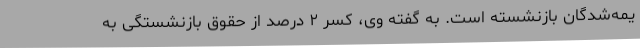
یمه‌شدگان بازنشسته است. به گفته وی، کسر ۲ درصد از حقوق بازنشستگی به